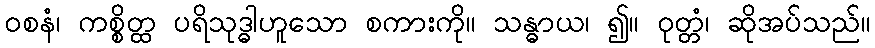
ဝစနံ၊ ကစ္စိတ္ထ ပရိသုဒ္ဓါဟူသော စကားကို။ သန္ဓာယ၊ ၍။ ဝုတ္တံ၊ ဆိုအပ်သည်။